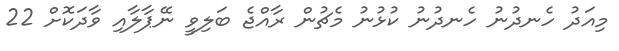
މިއަދު ހެނދުނު ހެނދުނު ކުޅުނު މެޗުން ރާއްޖެ ބަލިވީ ނޭޕާލާއި ވާދަކޮށް 22